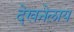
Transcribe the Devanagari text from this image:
देखनेलाय